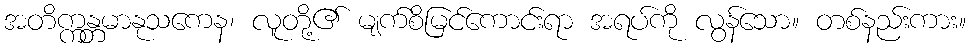
အတိက္ကန္တမာနုသကေန၊ လူတို့၏ မျက်စိမြင်ကောင်းရာ အရပ်ကို လွန်သော။ တစ်နည်းကား။